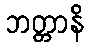
ဘတ္တာနိ